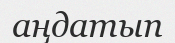
аңдатып